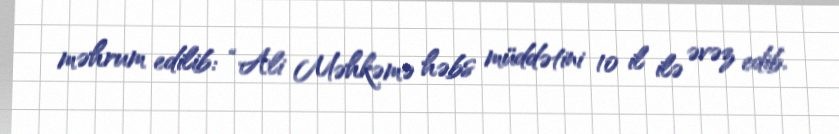
məhrum edilib: “Ali Məhkəmə həbs müddətini 10 il ilə əvəz edib.